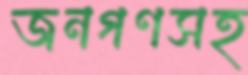
জনগণসহ